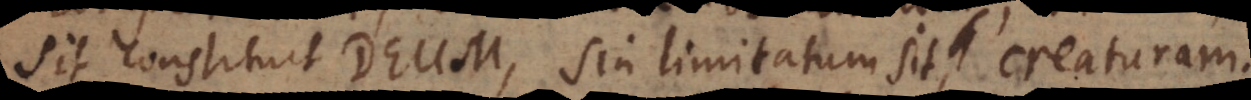
sit constituit Deum, sin limitatum sit, creaturam.